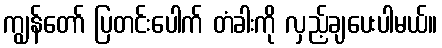
ကျွန်တော် ပြတင်းပေါက် တံခါးကို လှည့်ချပေးပါမယ်။